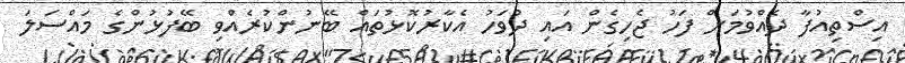
އިސްތިއުފާ ދެއްވުމަށް ފަހު ޖެހިގެން އައި ދުވަހު އެކާރުކޮޅުތައް ބޭނުންކުރެއްވި ބޭފުޅުންގެ މައްސަލަ